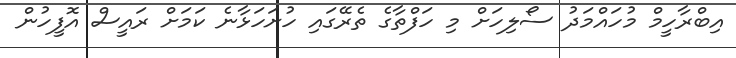
އިބްރާހީމް މުހައްމަދު ސޯލިހަށް މި ހަފްތާގެ ތެރޭގައި ހުށަހަޅާނެ ކަމަށް ރައީސް އޮފީހުން